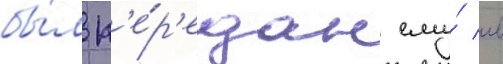
бы́л п'е́р'едан ему́ в